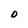
Character: D